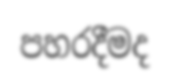
පහරදීමද